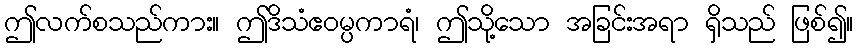
ဤလက်စသည်ကား။ ဤဒိသံဧဝမ္ပကာရံ၊ ဤသို့သော အခြင်းအရာ ရှိသည် ဖြစ်၍။